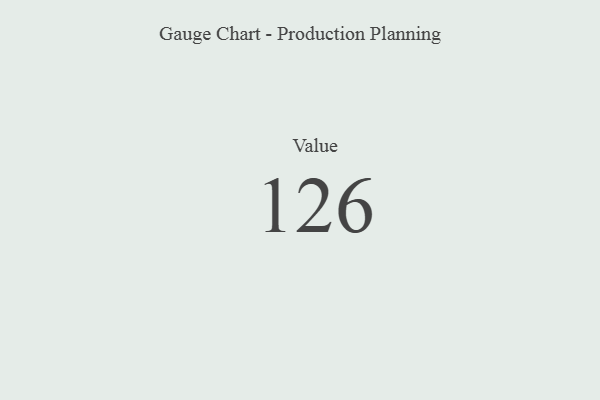
{"axis": {"x": "Metric", "y": "Value"}, "legend": [""], "data": [{"x": "Value", "y": 126, "type": ""}]}